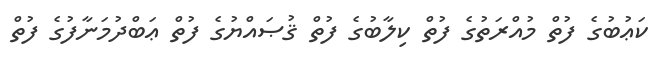
ކަޢުބުގެ ފުތް މުއްރަތުގެ ފުތް ކިލާބުގެ ފުތް ޤުޞައްޔުގެ ފުތް ޢަބްދުމަނާފުގެ ފުތް